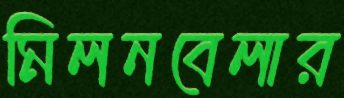
মিলনবেলার